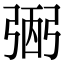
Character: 弻